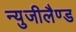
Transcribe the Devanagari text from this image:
न्युजीलैण्ड